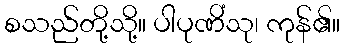
စသည်တို့သို့။ ပါပုဏိံသု၊ ကုန်၏။